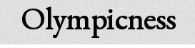
Olympicness